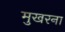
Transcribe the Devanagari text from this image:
मुखरना